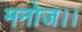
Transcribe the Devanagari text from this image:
मनोज।।